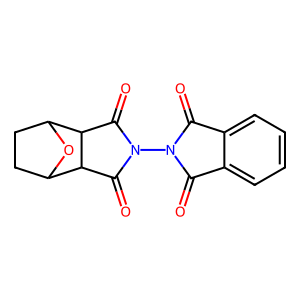
SMILES: O=C1c2ccccc2C(=O)N1N1C(=O)C2C3CCC(O3)C2C1=O
Inhibits HIV replication: No